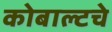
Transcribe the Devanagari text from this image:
कोबाल्टचे